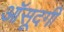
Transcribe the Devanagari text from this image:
आॅसूदगी